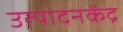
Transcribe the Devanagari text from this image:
उत्पादनकेंद्र